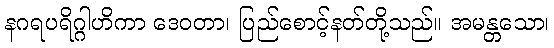
နဂရပရိဂ္ဂါဟိကာ ဒေဝတာ၊ ပြည်စောင့်နတ်တို့သည်။ အမန္တသော၊